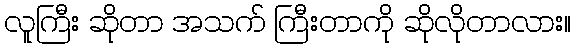
လူကြီး ဆိုတာ အသက် ကြီးတာကို ဆိုလိုတာလား။